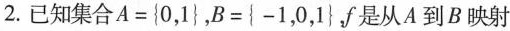
2.已知集合$$A=\left\{ 0,1\right\}$$，$$B=\left\{ -1,0,1\right\}$$，f是从A到B映射